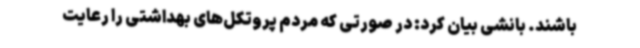
باشند. بانشی بیان کرد: در صورتی که مردم پروتکل‌های بهداشتی را رعایت